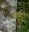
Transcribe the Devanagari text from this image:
मोट्टा